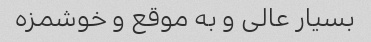
بسیار عالی و به موقع و خوشمزه